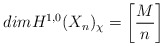
\begin{align*}dim H^{1,0}(X_n)_{\chi}=\left[{{M}\over n}\right]\end{align*}